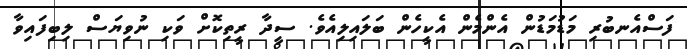
ފަސްއެނބުރި މަޑުމަޑުން އެންމެން އެކީހެން ބަލައިލިއެވެ. ސީދާ ރީތިކޮށް ވަކި ނުވިޔަސް ލިބިފައިވާ